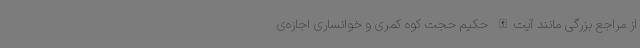
از مراجع بزرگی مانند آیت‌الله حکیم حجت کوه کمری و خوانساری اجازه‌ی